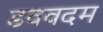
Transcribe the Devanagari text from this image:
डववदम